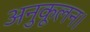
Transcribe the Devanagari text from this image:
अनुकूलन।